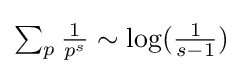
\textstyle {\sum _{p}{\frac {1}{p^{s}}}\sim \log({\frac {1}{s-1}})}